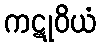
ကဋုဝိယံ